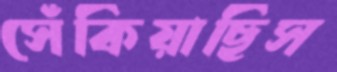
সেঁকিয়াছিস